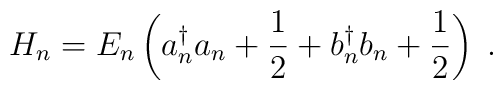
H_{n} = E_{n}\left(a_{n}^{\dagger}a_{n} + \frac{1}{2} + b_{n}^{\dagger}b_{n} + \frac{1}{2}\right)\;.